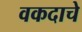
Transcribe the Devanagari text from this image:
वकदाचे